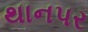
થાનપર